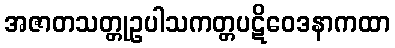
အဇာတသတ္တုဥပါသကတ္တပဋိဝေဒနာကထာ